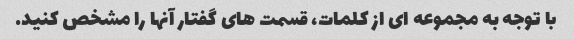
با توجه به مجموعه ای از کلمات، قسمت های گفتار آنها را مشخص کنید.